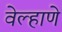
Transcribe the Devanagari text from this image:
वेल्हाणे